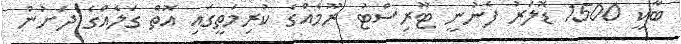
ބާކީ 1500 ޑޮލަރު ފެނުނީ ޓޫރިސްޓު ރޫމެއްގެ ކުރިމަތީގައި އޮތް ގަލެއްގެ ދަށުން